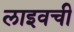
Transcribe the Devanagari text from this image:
लाइवची